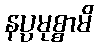
နပ္ပမုစ္စာမိ